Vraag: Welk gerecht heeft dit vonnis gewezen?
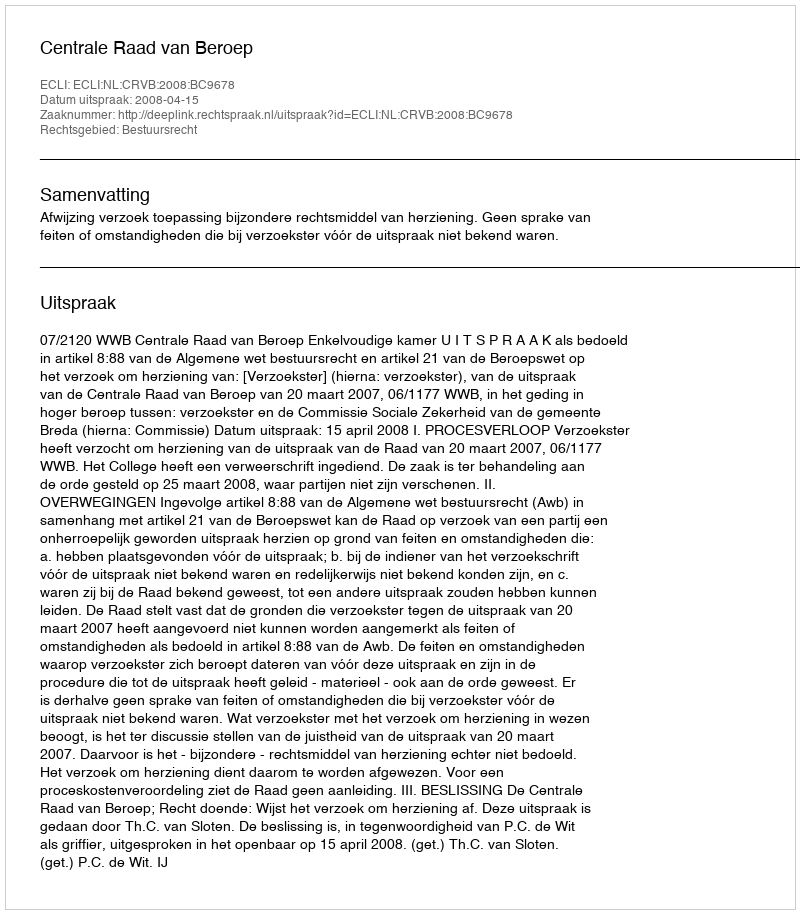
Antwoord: Centrale Raad van Beroep